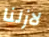
لازلنا